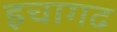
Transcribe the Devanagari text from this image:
इचागढ